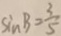
\sin B = \frac { 3 } { 5 }